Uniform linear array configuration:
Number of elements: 8
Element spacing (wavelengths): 1
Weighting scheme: hann
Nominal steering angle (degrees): -30
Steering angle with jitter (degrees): -29.944
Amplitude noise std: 0.05
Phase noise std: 0.05

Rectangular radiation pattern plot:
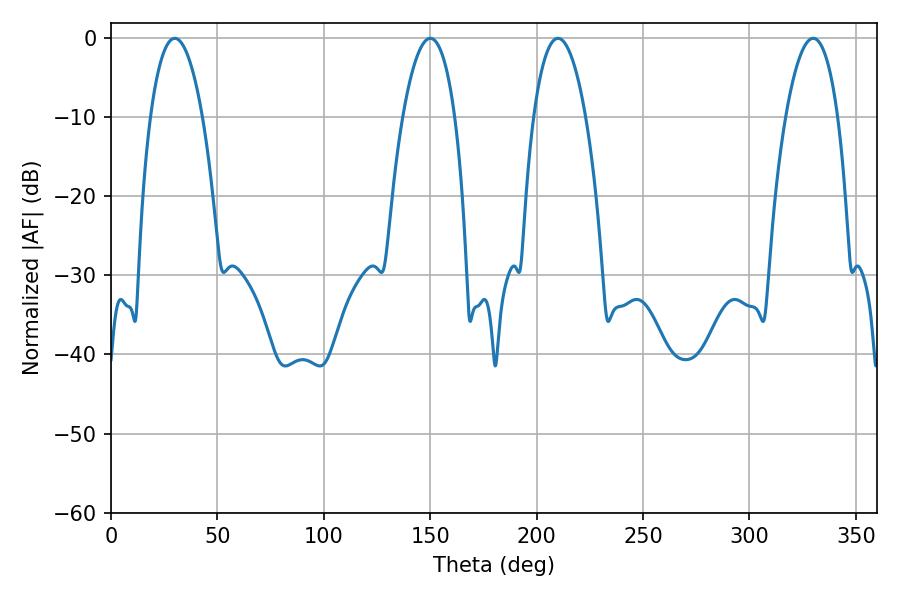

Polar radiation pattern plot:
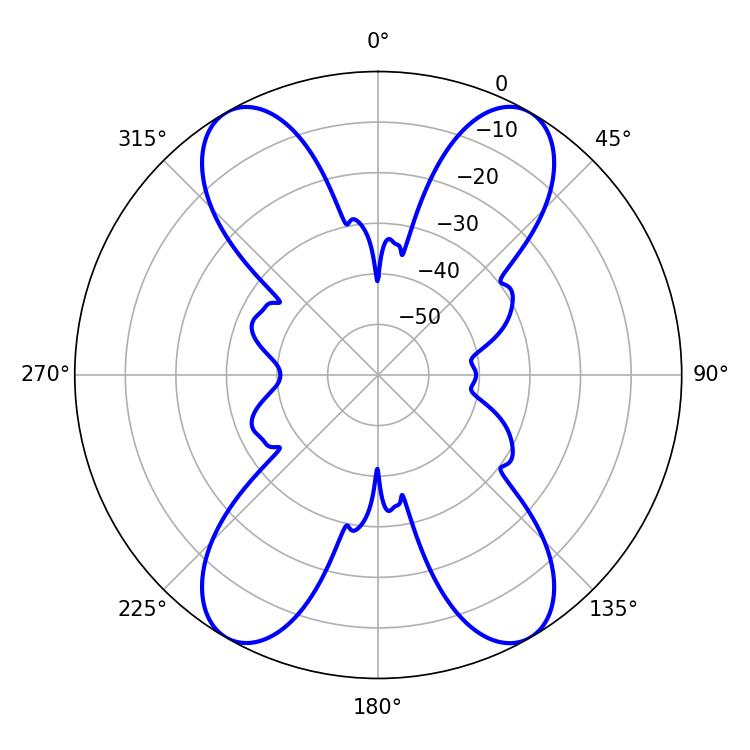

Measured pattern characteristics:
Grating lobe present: TRUE
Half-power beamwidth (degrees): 13.68
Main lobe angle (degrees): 210.06